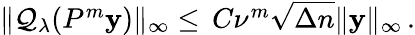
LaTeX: \begin{array}{r}{\| \mathcal{Q}_{\lambda}(P^{m}\mathbf{y})\| _{\infty}\leq\, C\nu^{m}\sqrt{\Delta n}\| \mathbf{y}\| _{\infty}\, .}\end{array}